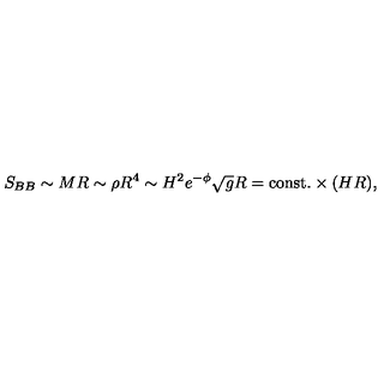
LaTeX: S _ { B B } \sim M R \sim \rho R ^ { 4 } \sim H ^ { 2 } e ^ { - \phi } \sqrt { g } R = \mathrm { c o n s t . } \times ( H R ) ,